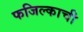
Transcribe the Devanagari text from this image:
फजिल्काची